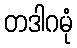
တဒါဂမုံ